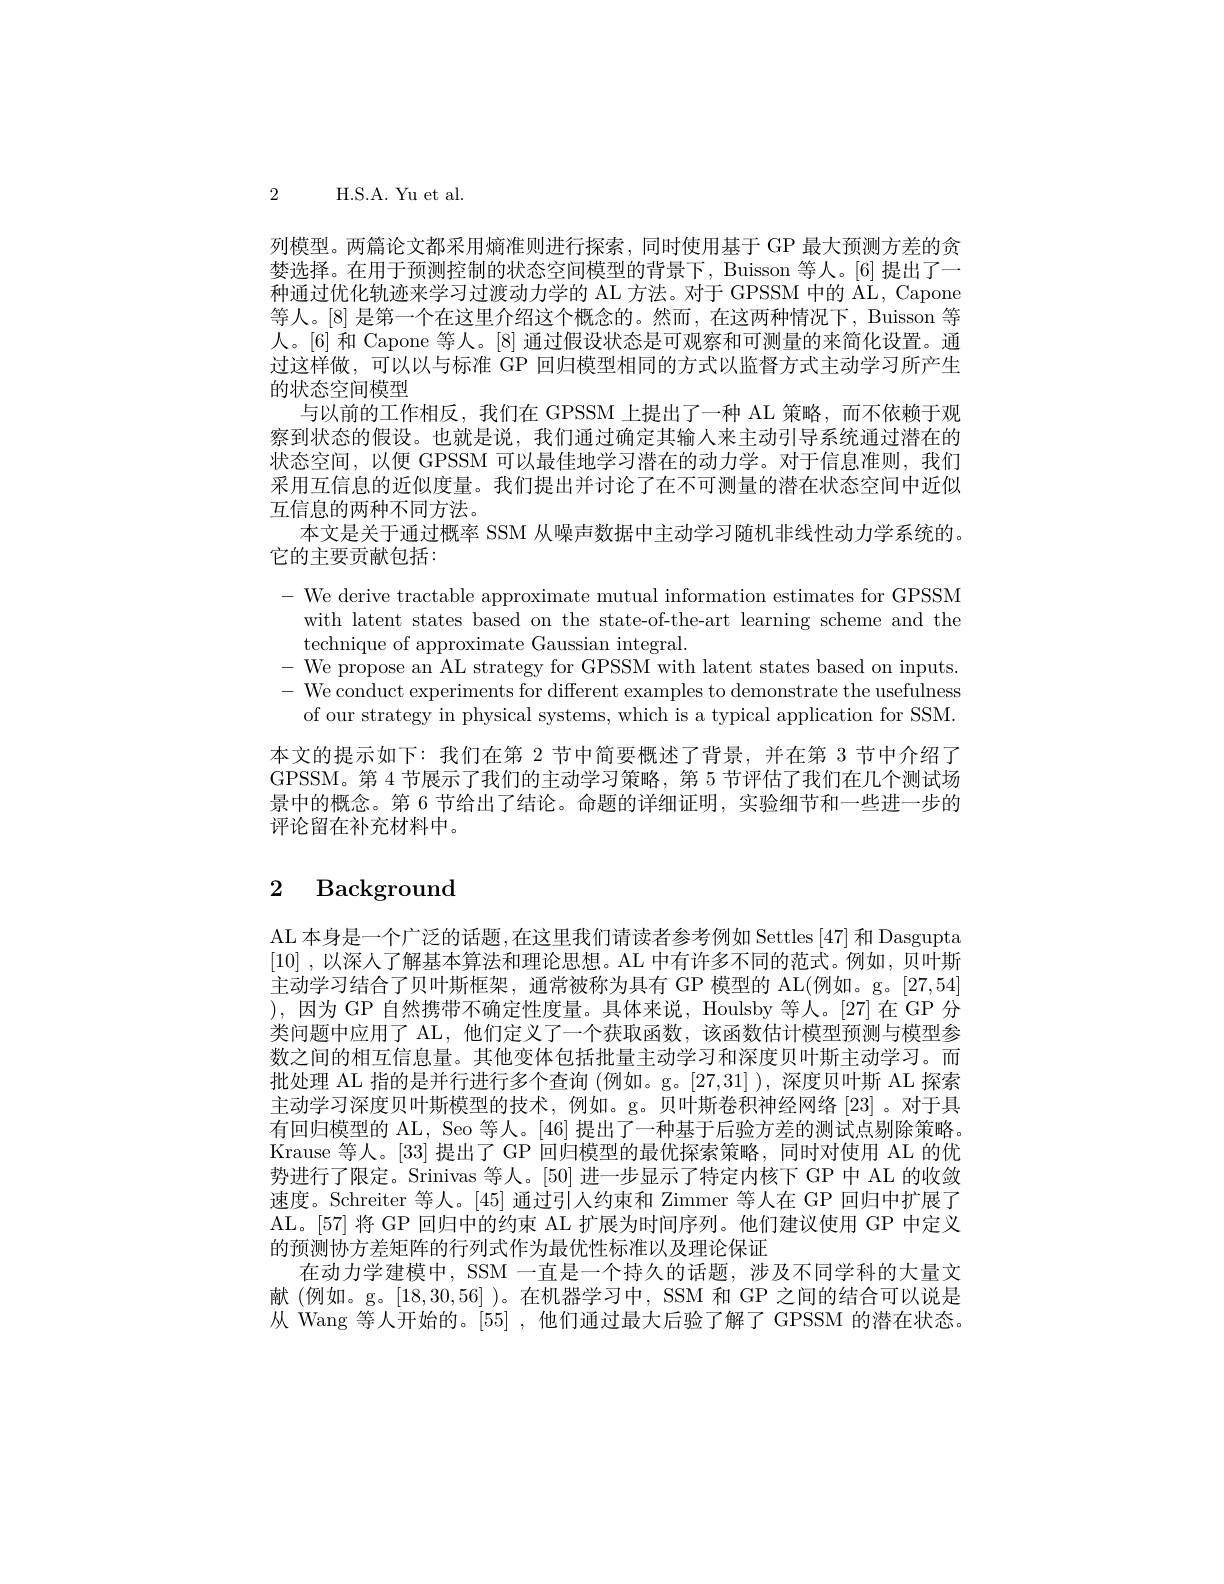
2 H.S.A. Yu et al.

列模型。两篇论文都采用熵准则进行探索，同时使用基于 GP 最大预测方差的贪婪选择。在用于预测控制的状态空间模型的背景下，Buisson 等人。[6] 提出了一种通过优化轨迹来学习过渡动力学的 AL 方法。对于 GPSSM 中的 AL, Capone 等人。[8] 是第一个在这里介绍这个概念的。然而，在这两种情况下，Buisson 等人。[6] 和 Capone 等人。[8] 通过假设状态是可观察和可测量的来简化设置。通过这样做，可以以与标准 GP 回归模型相同的方式以监督方式主动学习所产生的状态空间模型
与以前的工作相反，我们在 GPSSM 上提出了一种 AL 策略，而不依赖于观察到状态的假设。也就是说，我们通过确定其输人来主动引导系统通过潜在的状态空间，以便 GPSSM 可以最佳地学习潜在的动力学。对于信息准则，我们采用互信息的近似度量。我们提出并讨论了在不可测量的潜在状态空间中近似互信息的两种不同方法。
本文是关于通过概率 SSM 从噪声数据中主动学习随机非线性动力学系统的。
它的主要贡献包括：
$$\begin{aligned}&\text{- We derive tractable approximate mutual information estimates for GPSSM}\\&\text{with latent states based on the state-of-the-art learning scheme and the}\\&\text{technique of approximate Gaussian integral.}\\&\text{- We propose an AL strategy for GPSSM with latent states based on inputs.}\\&\text{-We conduct exprements for different examples to demonstrate the usefulness}\\&\text{of our strategy in physical systems, which is a typical application for SSM.}\end{aligned}$$
本文的提示如下：我们在第 2 节中简要概述了背景，并在第 3 节中介绍了GPSSM。第 4 节展示了我们的主动学习策略，第 5 节评估了我们在几个测试场景中的概念。第 6 节给出了结论。命题的详细证明，实验细节和一些进一步的评论留在补充材料中。

# 2 Background

AL 本身是一个广泛的话题，在这里我们请读者参考例如 Settles[47] 和 Dasgupta [10] ,以深人了解基本算法和理论思想。AL 中有许多不同的范式。例如，贝叶斯主动学习结合了贝叶斯框架，通常被称为具有 GP 模型的 AL(例如。g。[27,54] ),因为 GP 自然携带不确定性度量。具体来说，Houlsby 等人。[27]在 GP 分类问题中应用了 AL,他们定义了一个获取函数，该函数估计模型预测与模型参数之间的相互信息量。其他变体包括批量主动学习和深度贝叶斯主动学习。而批处理 AL 指的是并行进行多个查询 (例如。g。[27,31]), 深度贝叶斯 AL 探索主动学习深度贝叶斯模型的技术，例如。g。贝叶斯卷积神经网络[23] 。对于具有回归模型的 AL, Seo 等人。[46] 提出了一种基于后验方差的测试点剔除策略。Krause 等人。[33] 提出了 GP 回归模型的最优探索策略，同时对使用 AL 的优势进行了限定。Srinivas 等人。[50]进一步显示了特定内核下 GP 中 AL 的收敛速度。Schreiter 等人。[45]通过引人约束和 Zimmer 等人在 GP 回归中扩展了AL。[57] 将 GP 回归中的约束 AL 扩展为时间序列。他们建议使用 GP 中定义的预测协方差矩阵的行列式作为最优性标准以及理论保证
在动力学建模中，SSM 一直是一个持久的话题，涉及不同学科的大量文献(例如。g。[18,30,56] )。在机器学习中，SSM 和 GP 之间的结合可以说是从 Wang 等人开始的。$\lceil55\rceil$ ,他们通过最大后验了解了 GPSSM 的潜在状态。